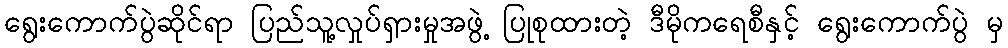
ရွေးကောက်ပွဲဆိုင်ရာ ပြည်သူ့လှုပ်ရှားမှုအဖွဲ့ ပြုစုထားတဲ့ ဒီမိုကရေစီနှင့် ရွေးကောက်ပွဲ မှ